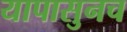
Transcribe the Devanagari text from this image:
यापासुनच